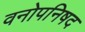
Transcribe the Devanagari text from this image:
वनोपनिषद